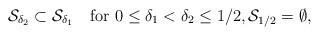
LaTeX: \begin{align*}\mathcal{S}_{\delta_2}\subset \mathcal{S}_{\delta_1}\quad\textrm{for $0\leq\delta_1<\delta_2\leq 1/2$},\mathcal{S}_{1/2}=\emptyset,\end{align*}